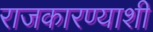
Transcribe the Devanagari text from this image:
राजकारण्याशी